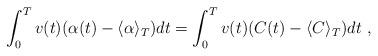
LaTeX: \begin{align*}\int_0^Tv(t)(\alpha(t)-\langle\alpha\rangle_T)dt=\int_0^Tv(t)(C(t)-\langle C\rangle_T)dt\ ,\end{align*}